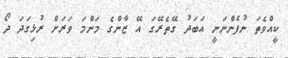
ކީއްވެތަ ނުފެންނަނީ އަބަދު ގޭތެރޭގަ އޭ ޒާންގެ މަންމަ ވަރަށް ރުޅިގަދަ ދޯ